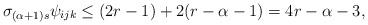
LaTeX: \begin{align*}\sigma_{(\alpha+1)s} \psi_{ijk} \leq (2r-1) + 2(r-\alpha-1) = 4r-\alpha-3 ,\end{align*}